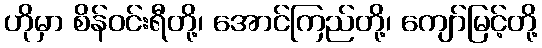
ဟိုမှာ စိန်ဝင်းရီတို့၊ အောင်ကြည်တို့၊ ကျော်မြင့်တို့